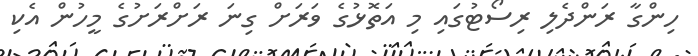
ހިންގާ ރަންދެލި ރިސޯޓުގައި މި އަތޮޅުގެ ވަރަށް ގިނަ ރަށްރަށުގެ މީހުން އެކި